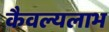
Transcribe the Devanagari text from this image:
कैवल्यलाभ